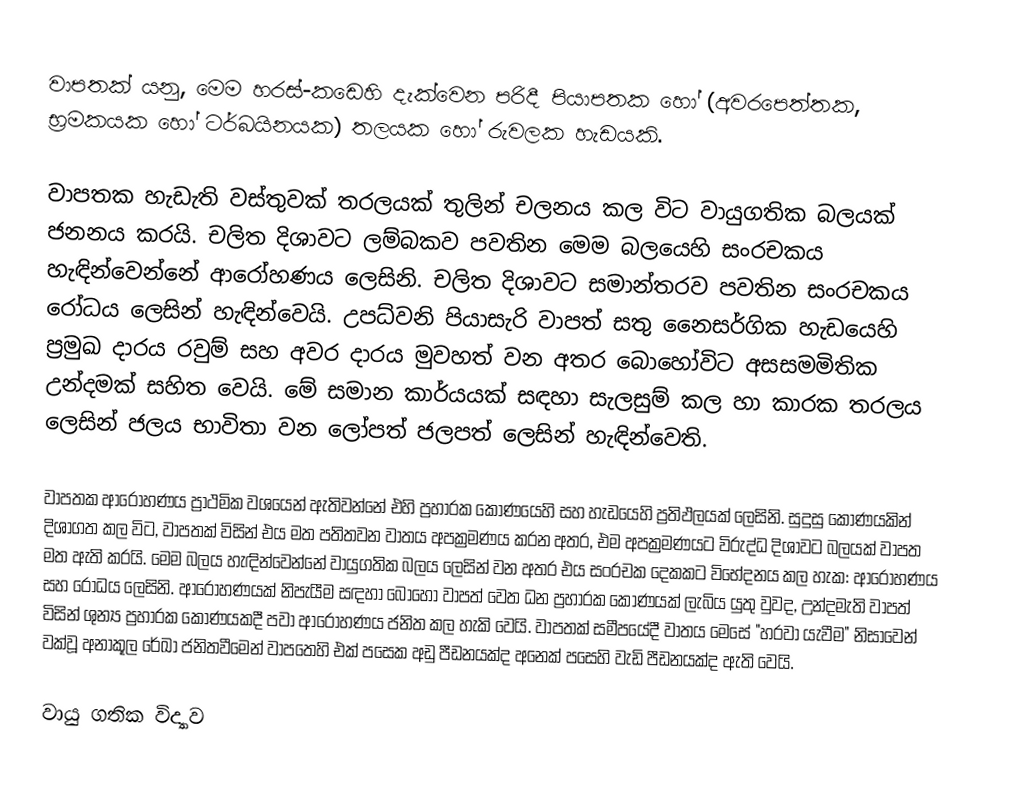
වාපතක් යනු,  මෙම හරස්-කඩෙහි දැක්වෙන පරිදී පියාපතක හෝ  (අවරපෙත්තක, භ්‍රමකයක හෝ  ටර්බයිනයක) තලයක  හෝ  රුවලක හැඩයකි.

වාපතක හැඩැති වස්තුවක් තරලයක් තුලින් චලනය කල විට  වායුගතික බලයක් ජනනය කරයි. චලිත දිශාවට ලම්බකව පවතින මෙම බලයෙහි සංරචකය හැඳින්වෙන්නේ ආරෝහණය ලෙසිනි.  චලිත දිශාවට සමාන්තරව පවතින සංරචකය රෝධය ලෙසින් හැඳින්වෙයි. උපධ්වනි පියාසැරි වාපත් සතු නෛසර්ගික හැඩයෙහි ප්‍රමුඛ දාරය රවුම් සහ  අවර දාරය මුවහත් වන අතර බොහෝවිට  අසසමමිතික උන්දමක් සහිත වෙයි. මේ සමාන කාර්යයක් සඳහා සැලසුම් කල හා කාරක තරලය ලෙසින් ජලය භාවිතා වන ලෝපත් ජලපත් ලෙසින් හැඳින්වෙති.

වාපතක ආරෝහණය ප්‍රාථමික වශයෙන් ඇතිවන්නේ එහි ප්‍රහාරක කෝණයෙහි සහ හැඩයෙහි ප්‍රතිඵලයක් ලෙසිනි. සුදුසු කෝණයකින් දිශාගත කල විට, වාපතක් විසින් එය මත පතිතවන වාතය අපක්‍රමණය කරන අතර, එම අපක්‍රමණයට විරුද්ධ දිශාවට බලයක් වාපත මත ඇති කරයි. මෙම බලය හැඳින්වෙන්නේ  වායුගතික බලය ලෙසින් වන අතර  එය සංරචක දෙකකට විභේදනය කල හැක: ආරෝහණය සහ  රෝධය ලෙසිනි.  ආරෝහණයක් නිපැයීම සඳහා බොහෝ වාපත් වෙත ධන ප්‍රහාරක කෝණයක් ලැබිය යුතු වුවද,  උන්දමැති වාපත් විසින් ශුන්‍ය ප්‍රහාරක කෝණයකදී පවා ආරෝහණය ජනිත කල හැකි වෙයි. වාපතක් සමීපයේදී වාතය මෙසේ "හරවා යැවීම" නිසාවෙන් වක්වූ  අනාකූල රේඛා ජනිතවීමෙන් වාපතෙහි එක් පසෙක අඩු පීඩනයක්ද අනෙක් පසෙහි වැඩි පීඩනයක්ද ඇති වෙයි.

වායු ගතික විද්‍යාව